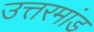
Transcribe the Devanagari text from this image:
उत्तरमांड